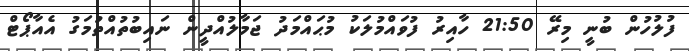
ފުލުހުން ބުނީ މިރޭ 21:50 ހާއިރު ފުވައްމުލަކު މުޙައްމަދު ޖަމާލުއްދީން ނައިބުތުއްތުމަގު އެއާޕޯޓް